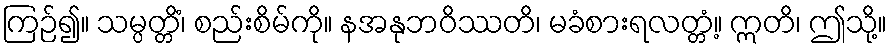
ကြဉ်၍။ သမ္ပတ္တိံ၊ စည်းစိမ်ကို။ နအနုဘဝိဿတိ၊ မခံစားရလတ္တံ့။ ဣတိ၊ ဤသို့။